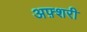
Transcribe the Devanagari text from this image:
अफ़्शरी